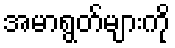
အမာရွတ်များကို